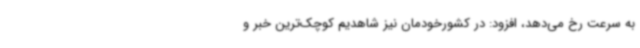
به سرعت رخ می‌دهد، افزود: در کشورخودمان نیز شاهدیم کوچک‌ترین خبر و